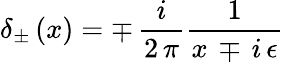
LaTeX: \delta_{\pm}\, (x)=\mp\, {\frac{i}{2\, \pi}}{\frac{1}{x\, \mp\, i\, \epsilon}}